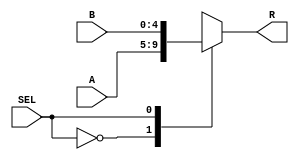
`timescale 1ns/1ns
module mux2_1_5b (
	input [4:0] A, B,
	input SEL,
	output reg [4:0] R
);

	always @(*) begin
		case ( SEL )
			0: R <= A;
			1: R <= B;
		endcase
	end

endmodule // mux2_1_5b